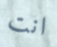
انت